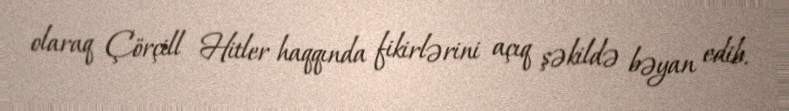
olaraq Çörçill Hitler haqqında fikirlərini açıq şəkildə bəyan edib.